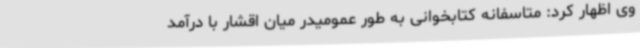
وی اظهار کرد: متاسفانه کتابخوانی به طور عمومیدر میان اقشار با درآمد